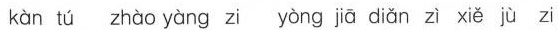
kàn tú zhào yàng zi yòng jiā diǎn zì xiě jù zi